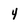
Character: 4